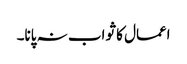
اعمال کا ثواب نہ پانا۔